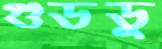
গুডডু